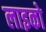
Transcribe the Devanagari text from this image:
लाइको